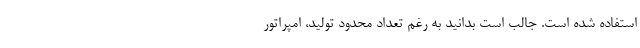
استفاده شده است. جالب است بدانید به رغم تعداد محدود تولید، امپراتور